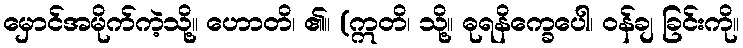
မှောင်အမိုက်ကဲ့သို့။ ဟောတိ၊ ၏။ (ဣတိ၊ သို့။ ဓုရနိက္ခေပေါ၊ ဝန်ချ ခြင်းကို။